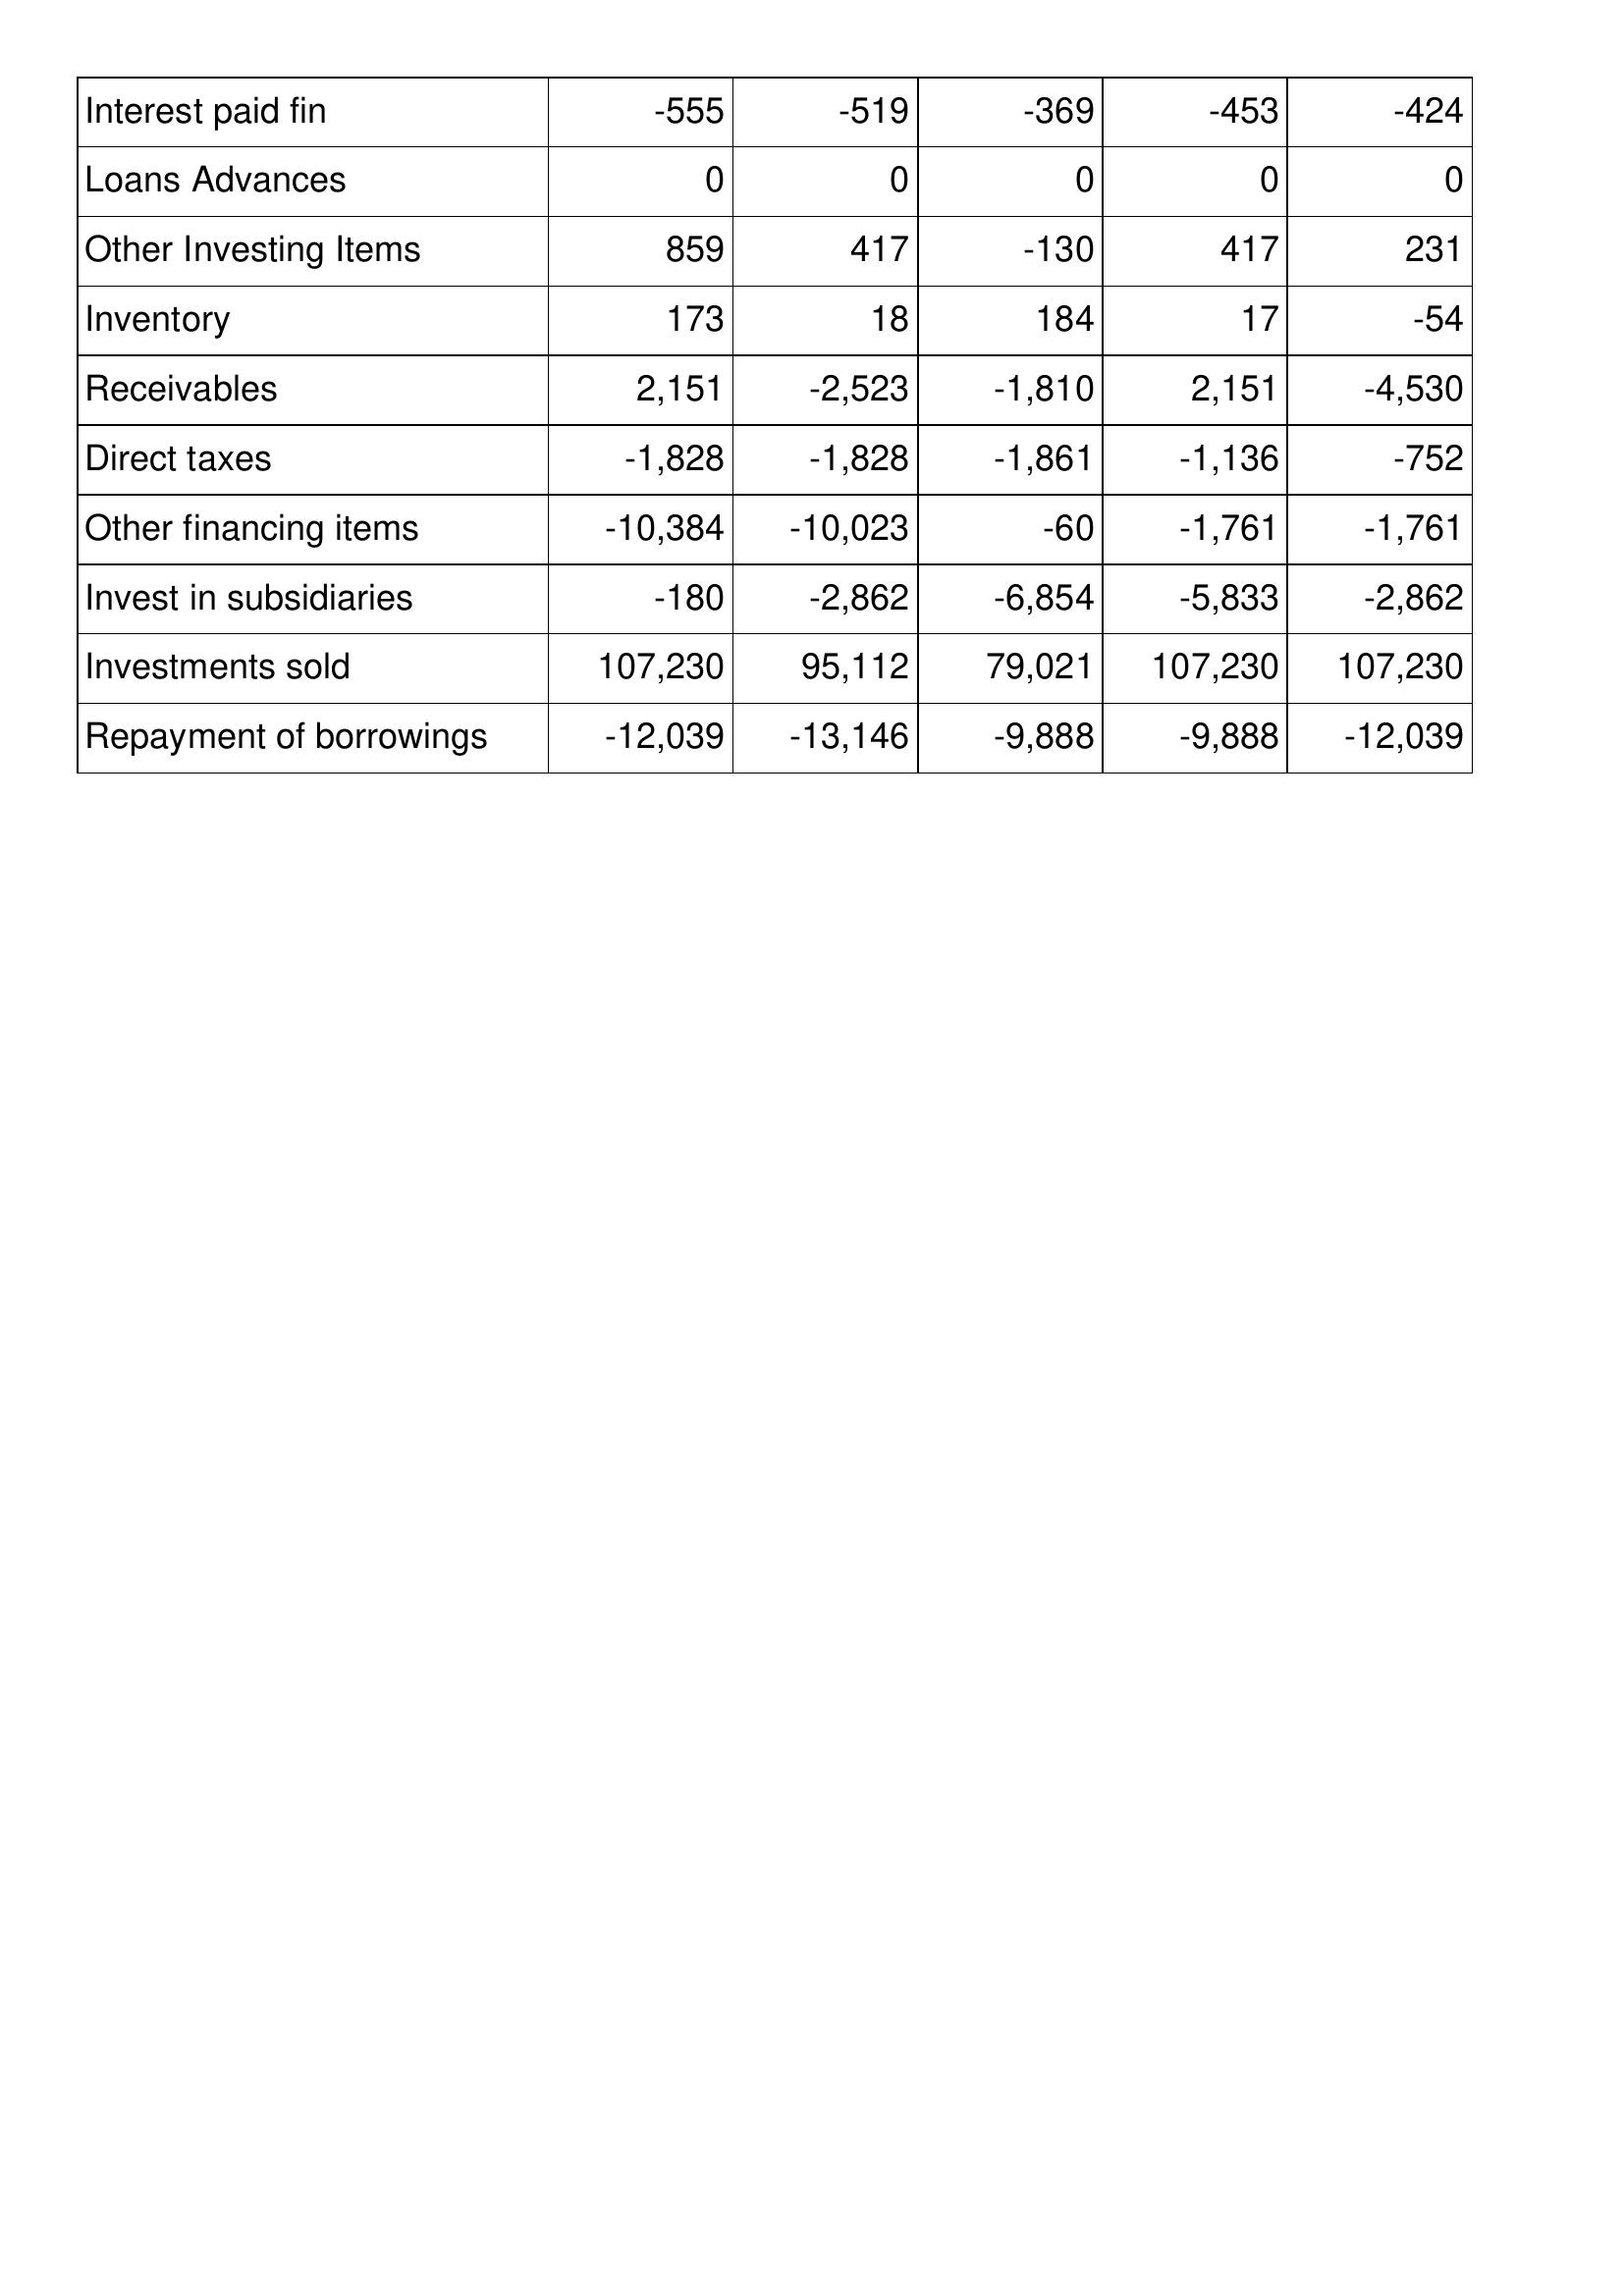
Oct-19: Cash Flows: Interest paid fin: -555
Loans Advances: 0
Other Investing Items: 859
Inventory: 173
Receivables: 2,151
Direct taxes: -1,828
Other financing items: -10,384
Invest in subsidiaries: -180
Investments sold: 107,230
Repayment of borrowings: -12,039
Oct-18: Cash Flows: Interest paid fin: -519
Loans Advances: 0
Other Investing Items: 417
Inventory: 18
Receivables: -2,523
Direct taxes: -1,828
Other financing items: -10,023
Invest in subsidiaries: -2,862
Investments sold: 95,112
Repayment of borrowings: -13,146
Oct-17: Cash Flows: Interest paid fin: -369
Loans Advances: 0
Other Investing Items: -130
Inventory: 184
Receivables: -1,810
Direct taxes: -1,861
Other financing items: -60
Invest in subsidiaries: -6,854
Investments sold: 79,021
Repayment of borrowings: -9,888
Oct-16: Cash Flows: Interest paid fin: -453
Loans Advances: 0
Other Investing Items: 417
Inventory: 17
Receivables: 2,151
Direct taxes: -1,136
Other financing items: -1,761
Invest in subsidiaries: -5,833
Investments sold: 107,230
Repayment of borrowings: -9,888
Oct-15: Cash Flows: Interest paid fin: -424
Loans Advances: 0
Other Investing Items: 231
Inventory: -54
Receivables: -4,530
Direct taxes: -752
Other financing items: -1,761
Invest in subsidiaries: -2,862
Investments sold: 107,230
Repayment of borrowings: -12,039